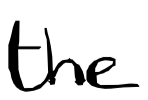
Text: the
Cross-out: clean
Writing tool: digital_black